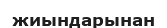
жиындарынан